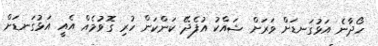
ހޯދާނެ އަޅުގަނޑަށް ވަރަށް ޝައްކު އުފެދޭ ކަންކަން ހުރި ގޮވުމެއް އެއީ އަޅުގަނޑަށް